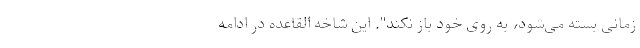
زمانی بسته می‌شود، به روی خود باز نکند". این شاخه القاعده در ادامه